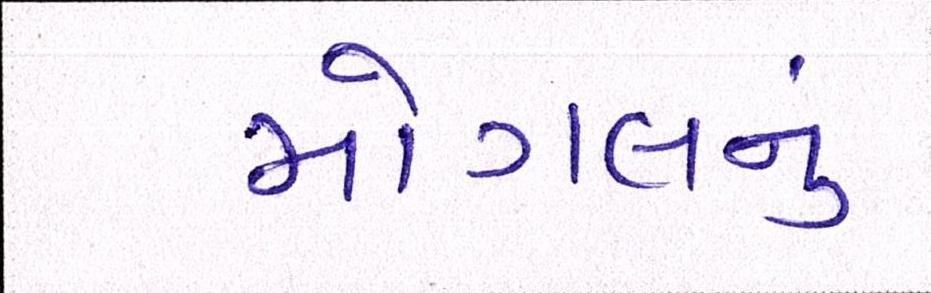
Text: મોગલનું